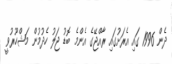
ދެން 1996 ގައި އެރަށުގައި ރާއްޖޭގެ އެންމެ ބޮޑު ޖަލު ހެދުމުން މަޝްހޫރުވީ